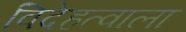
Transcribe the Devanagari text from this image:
विदेहत्वाला